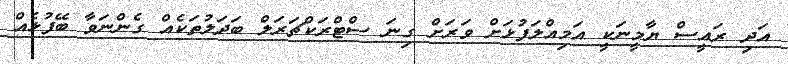
އަދި ރައީސް ޔާމީނަކީ އަމިއްލަފުޅަށް ވަރަށް ގިނަ ސްޓްރަކްޗަރަލް ބަދަލުތަކެއް ގެންނަވާ ބޭފުޅެއް